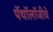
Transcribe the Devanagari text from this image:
पॅथॉलॉजीचे